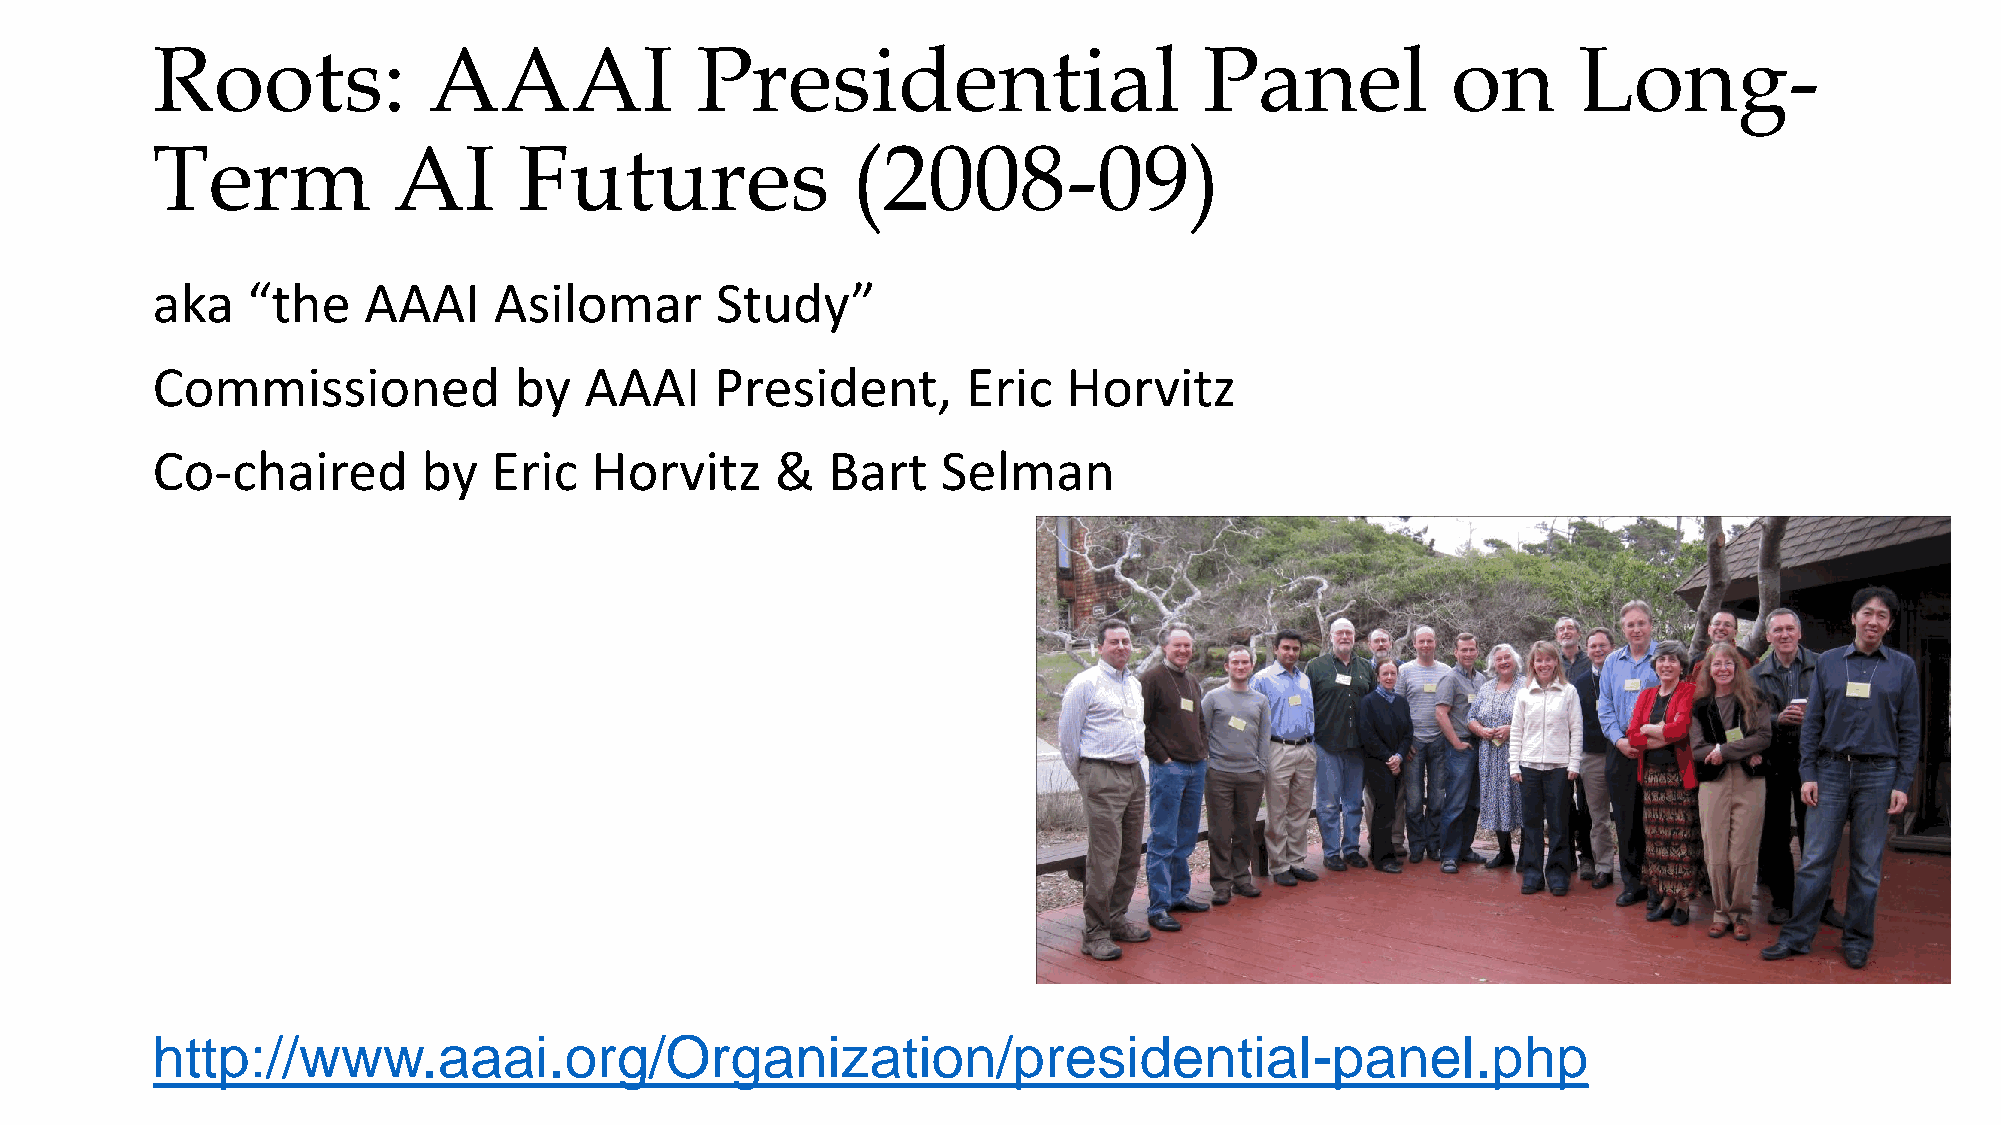
Roots:            AAAI              Presidential                      Panel           on      Long-
 Term            AI      Futures               (2008-09)
 aka   “the    AAAI     Asilomar      Study”
 Commissioned            by   AAAI    President,       Eric   Horvitz
 Co-chaired        by   Eric  Horvitz     &   Bart   Selman
 http://www.aaai.org/Organization/presidential-panel.php